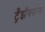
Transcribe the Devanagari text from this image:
ट्रँझॅक्शन्स